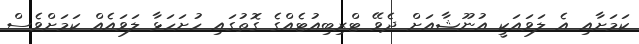
ކަމަށާއި އެ ލަވައަކީ އުނޫޝާއަށް ދެވޭ ޓްރިބިއުޓެއްގެ ގޮތުގައި ހުށަހަޅާ ލަވައެއް ކަމަށްވެސް